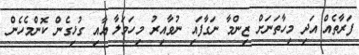
ފަރާތެއް އަދި މިހާތަނަށް ޒިންމާ ނަގާފައި ނުވާއިރު މިހަމަލާ އާއި ގުޅިގެން ކޮންމެހެން